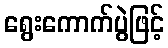
ရွေးကောက်ပွဲဖြင့်